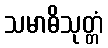
သမာဓိသုတ္တံ